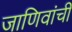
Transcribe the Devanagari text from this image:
जाणिवांची